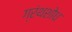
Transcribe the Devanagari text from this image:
ग्रंथशोध